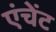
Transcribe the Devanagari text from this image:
एंचेंट